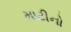
માટીનો